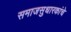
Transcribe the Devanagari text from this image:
समाजसुधारकांचे